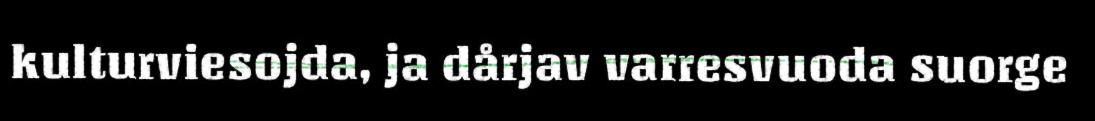
kulturviesojda, ja dårjav varresvuoda suorge